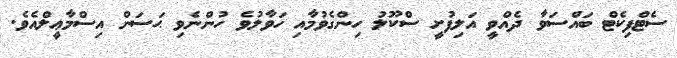
ސެޓްފިކެޓް ބައްސަވާ ދެއްވީ އަލިފުށީ ސްކޫލު ހިންގެވުމާއި ހަވާލުވެ ހުންނެވި ޙަސަން އިސްމާޢީލްއެވެ.